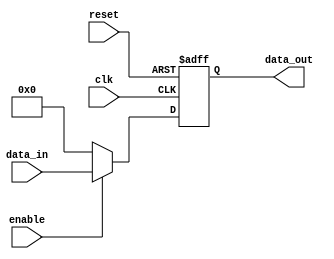
module DisableBlock (
    input wire clk,             // Clock signal
    input wire reset,           // Asynchronous reset signal
    input wire enable,          // Control signal for enabling/disabling the block
    input wire [7:0] data_in,   // Input data (example)
    output reg [7:0] data_out   // Output data
);
    
    // Internal state to keep track of enable/disable status
    reg is_enabled;

    // Asynchronous reset and state management
    always @(posedge clk or posedge reset) begin
        if (reset) begin
            is_enabled <= 1'b1;  // Reset enables the block
            data_out <= 8'b0;    // Reset the output
        end else begin
            if (enable) begin
                is_enabled <= 1'b1;  // Enable the block
                data_out <= data_in; // Pass the input to output
            end else begin
                is_enabled <= 1'b0;   // Disable the block
                data_out <= 8'b0;     // Output is zero when disabled
            end
        end
    end

endmodule